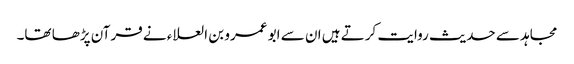
مجاہد سے حدیث روایت کرتے ہیں ان سے ابو عمرو بن العلاء نے قرآن پڑھا تھا۔